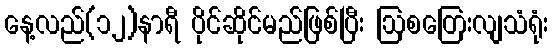
နေ့လည်(၁၂)နာရီ ပိုင်ဆိုင်မည်ဖြစ်ပြီး ဩစတြေးလျသံရုံး